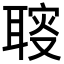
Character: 𦖪